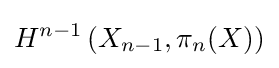
H^{n-1}\left(X_{n-1},\pi _{n}(X)\right)